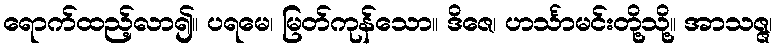
ရောက်ထည့်လာ၍။ ပရမေ၊ မြတ်ကုန်သော။ ဒိဇေ၊ ဟင်္သာမင်းတို့သို့။ အာသဇ္ဇ၊